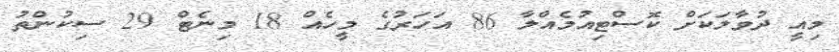
މިއީ ދުވާލަކަށް ކޮސްޓިއުމެއްލާ 86 އަހަރުގެ މީހެއް 18 މިނެޓް 29 ސިކުންތު